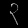
Digit: ၃